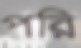
পরি